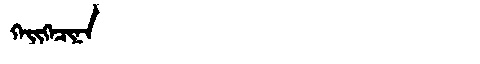
Manchu: ᡴᡝᡳᡴᡝᠴᡳᠨᠠ
Romanization: KEIKECINA